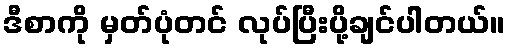
ဒီစာကို မှတ်ပုံတင် လုပ်ပြီးပို့ချင်ပါတယ်။